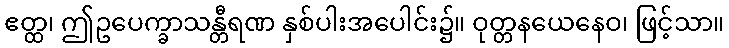
ဧတ္ထ၊ ဤဥပေက္ခာသန္တီရဏ နှစ်ပါးအပေါင်း၌။ ဝုတ္တနယေနေဝ၊ ဖြင့်သာ။